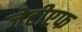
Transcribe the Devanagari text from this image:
जेटीएफ